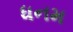
ધનમ